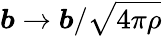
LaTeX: \boldsymbol{b}\rightarrow\boldsymbol{b}/\sqrt{4\pi\rho}